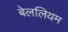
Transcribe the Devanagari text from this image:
बेललियम